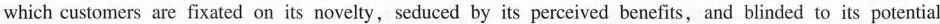
which customers are fixated on its novelty, seduced by its perceived benefits and blinded to its potential